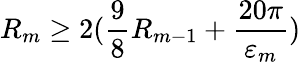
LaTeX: R_{m}\geq 2(\frac 98R_{m-1}+\frac{20\pi}{\varepsilon_{m}})